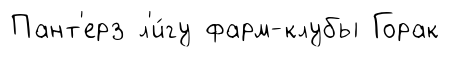
Пант'ерз л'и́гу фарм-клубы Горак